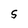
Character: 5